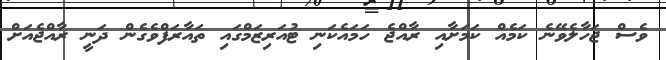
ވެސް ޖަހާލެވޭނެ ކަމެއް ކަމަށާއި ރާއްޖެ ހަމައެކަނި ޓުއަރިޒަމްގައި ތައާރަފްވެގެން ދަނީ ރާއްޖެއަށް